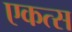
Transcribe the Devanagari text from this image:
एकत्स